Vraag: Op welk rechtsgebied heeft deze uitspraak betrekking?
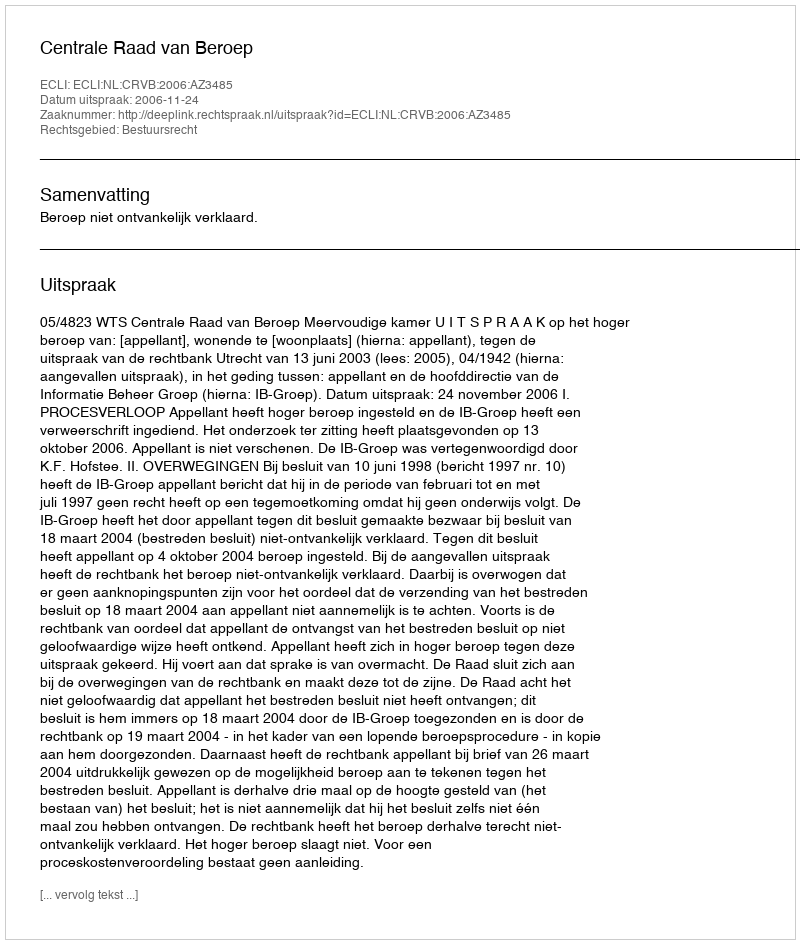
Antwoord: Bestuursrecht